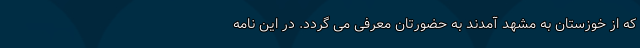
که از خوزستان به مشهد آمدند به حضورتان معرفی می گردد. در این نامه